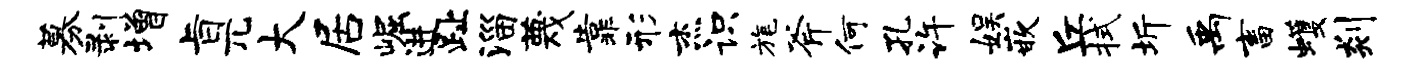
募剥增旨兀大居崛进趾淄蔑靠形杰识旄斧何孔许娱嵌丘拭圻禹畜蠖剡